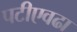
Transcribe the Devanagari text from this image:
पटीएवढा